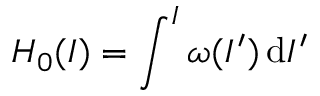
H _ { 0 } ( I ) = \int ^ { I } \omega ( I ^ { \prime } ) \, \mathrm { d } I ^ { \prime }